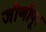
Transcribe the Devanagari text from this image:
जीर्णापूर